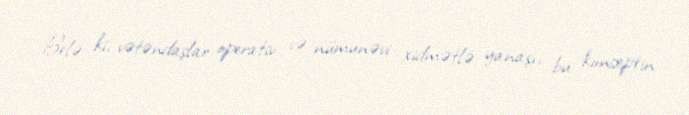
Belə ki, vətəndaşlar operativ və nümunəvi xidmətlə yanaşı, bu konseptin